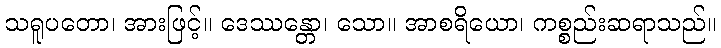
သရူပတော၊ အားဖြင့်။ ဒေဿန္တော၊ သော။ အာစရိယော၊ ကစ္စည်းဆရာသည်။